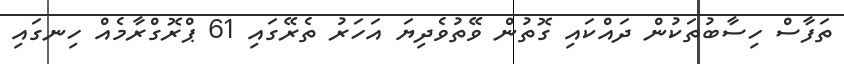
ތަފާސް ހިސާބުތަކުން ދައްކައި ގޮތުން ވޭތުވެދިޔަ އަހަރު ތެރޭގައި 61 ޕްރޮގްރާމެއް ހިނގައި